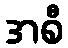
အစီ